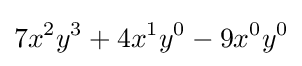
7x^{2}y^{3}+4x^{1}y^{0}-9x^{0}y^{0}